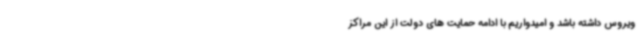
ویروس داشته باشد و امیدواریم با ادامه حمایت های دولت از این مراکز